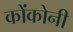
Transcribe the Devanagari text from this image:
कोंकोनी